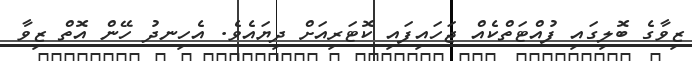
ޒިވާގެ ބޮލިގައި ފުއްޓަތްކެއް ޖަހައިފައި ކޮޓަރިއަށް ދިޔައެވެ. އެހިނދު ހޭން އޮތް ޒިވާ